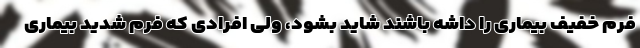
فرم خفیف بیماری را داشه باشند شاید بشود، ولی افرادی که فرم شدید بیماری